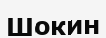
Шокин